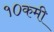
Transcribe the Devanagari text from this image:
१०कमी